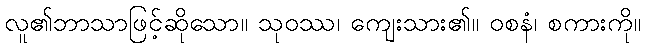
လူ၏ဘာသာဖြင့်ဆိုသော။ သုဝဿ၊ ကျေးသား၏။ ဝစနံ၊ စကားကို။